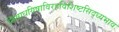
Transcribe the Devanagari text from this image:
सिषाधयिषाविरहविशिष्टसिद्ध्यभाव